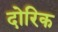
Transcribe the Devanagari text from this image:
दोरिक